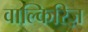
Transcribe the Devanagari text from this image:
वाल्किरिज़